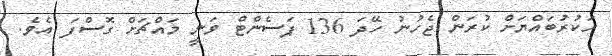
ހަކުރުބައްޔަށް ކުރަން ޖެހުނު ހޭދަ 136 ޕަސެންޓް ވަނީ މައްޗަށް ގޮސްފަ އެވެ.